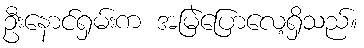
ဦးနောင်ရှမ်းက အမြဲပြောလေ့ရှိသည်။